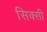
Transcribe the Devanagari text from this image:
सिक्सी